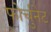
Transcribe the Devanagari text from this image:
फोर्चुनेट